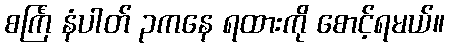
စင်္ကြံ နံပါတ် ၃ကနေ ရထားကို စောင့်ရမယ်။